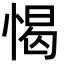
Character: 愒